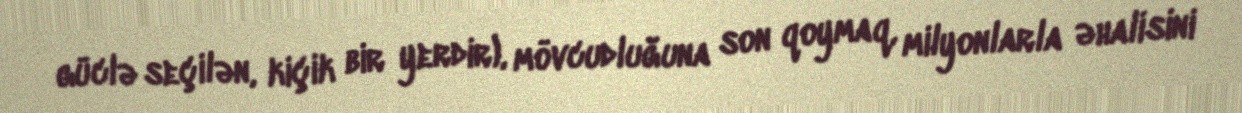
güclə seçilən, kiçik bir yerdir), mövcudluğuna son qoymaq, milyonlarla əhalisini